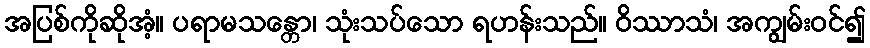
အပြစ်ကိုဆိုအံ့။ ပရာမသန္တော၊ သုံးသပ်သော ရဟန်းသည်။ ဝိဿာသံ၊ အကျွမ်းဝင်၍